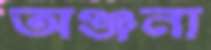
অঞ্জনা